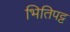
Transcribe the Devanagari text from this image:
भितिपट्ट